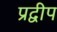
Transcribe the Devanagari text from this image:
प्रद्वीप